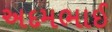
અદમભાઈ